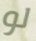
لو